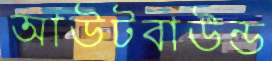
আউটবাউন্ড